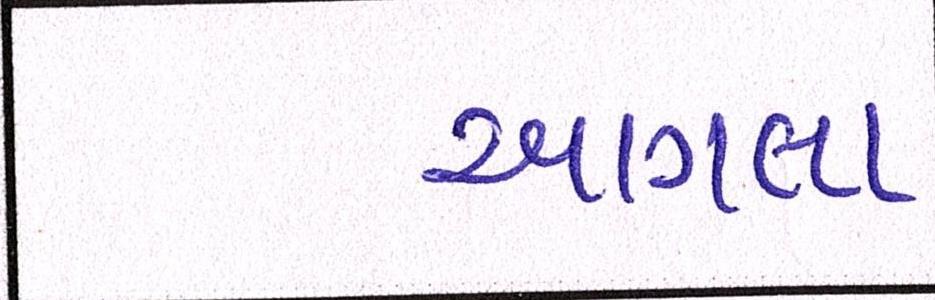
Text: આગલા